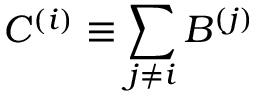
C ^ { ( i ) } \equiv \sum _ { j \neq i } B ^ { ( j ) }